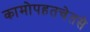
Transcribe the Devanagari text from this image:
कामोपहतचेतसे